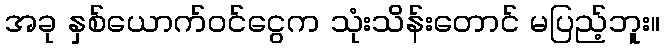
အခု နှစ်ယောက်ဝင်ငွေက သုံးသိန်းတောင် မပြည့်ဘူး။